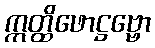
ဣတ္ထိဖောဋ္ဌဗ္ဗော